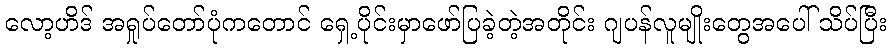
လော့ဟိဒ် အရှုပ်တော်ပုံကတောင် ရှေ့ပိုင်းမှာဖော်ပြခဲ့တဲ့အတိုင်း ဂျပန်လူမျိုးတွေအပေါ် သိပ်ပြီး